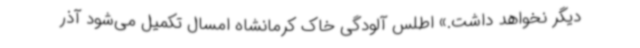
دیگر نخواهد داشت.» اطلس آلودگی خاک کرمانشاه امسال تکمیل می‌شود آذر